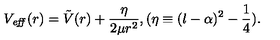
V _ { \it e f f } ( r ) = \tilde { V } ( r ) + \frac { \eta } { 2 \mu r ^ { 2 } } , ( \eta \equiv ( l - \alpha ) ^ { 2 } - \frac { 1 } { 4 } ) .